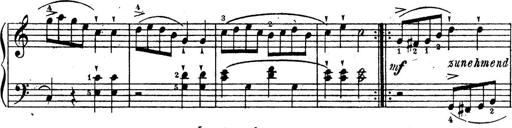
Title: 10 Sonatinas
Composer: Fritz Spindler